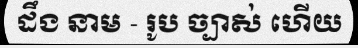
ដឹង នាម - រូប ច្បាស់ ហើយ